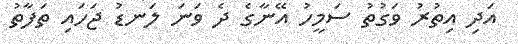
އަދި އިތުރު ވަގުތު ސަމީހު އޭނާގެ ދެ ވަނަ ލަނޑު ޖަހައި ތަފާތު